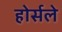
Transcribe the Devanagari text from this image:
होर्सले